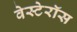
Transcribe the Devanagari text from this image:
वेस्टेरॉस